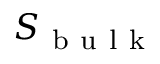
S _ { \mathrm { ~ b ~ u ~ l ~ k ~ } }